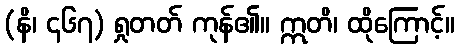
(နိ၊ ၄၆၇) ရှုတတ် ကုန်၏။ ဣတိ၊ ထိုကြောင့်။